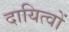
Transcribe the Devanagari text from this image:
दायित्‍वों